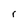
Character: r